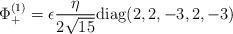
LaTeX: \begin{align*}\Phi_+^{(1)}=\epsilon {\eta\over {2\sqrt{15}}} {\rm diag} (2,2,-3,2,-3)\end{align*}